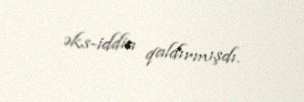
əks-iddia qaldırmışdı.